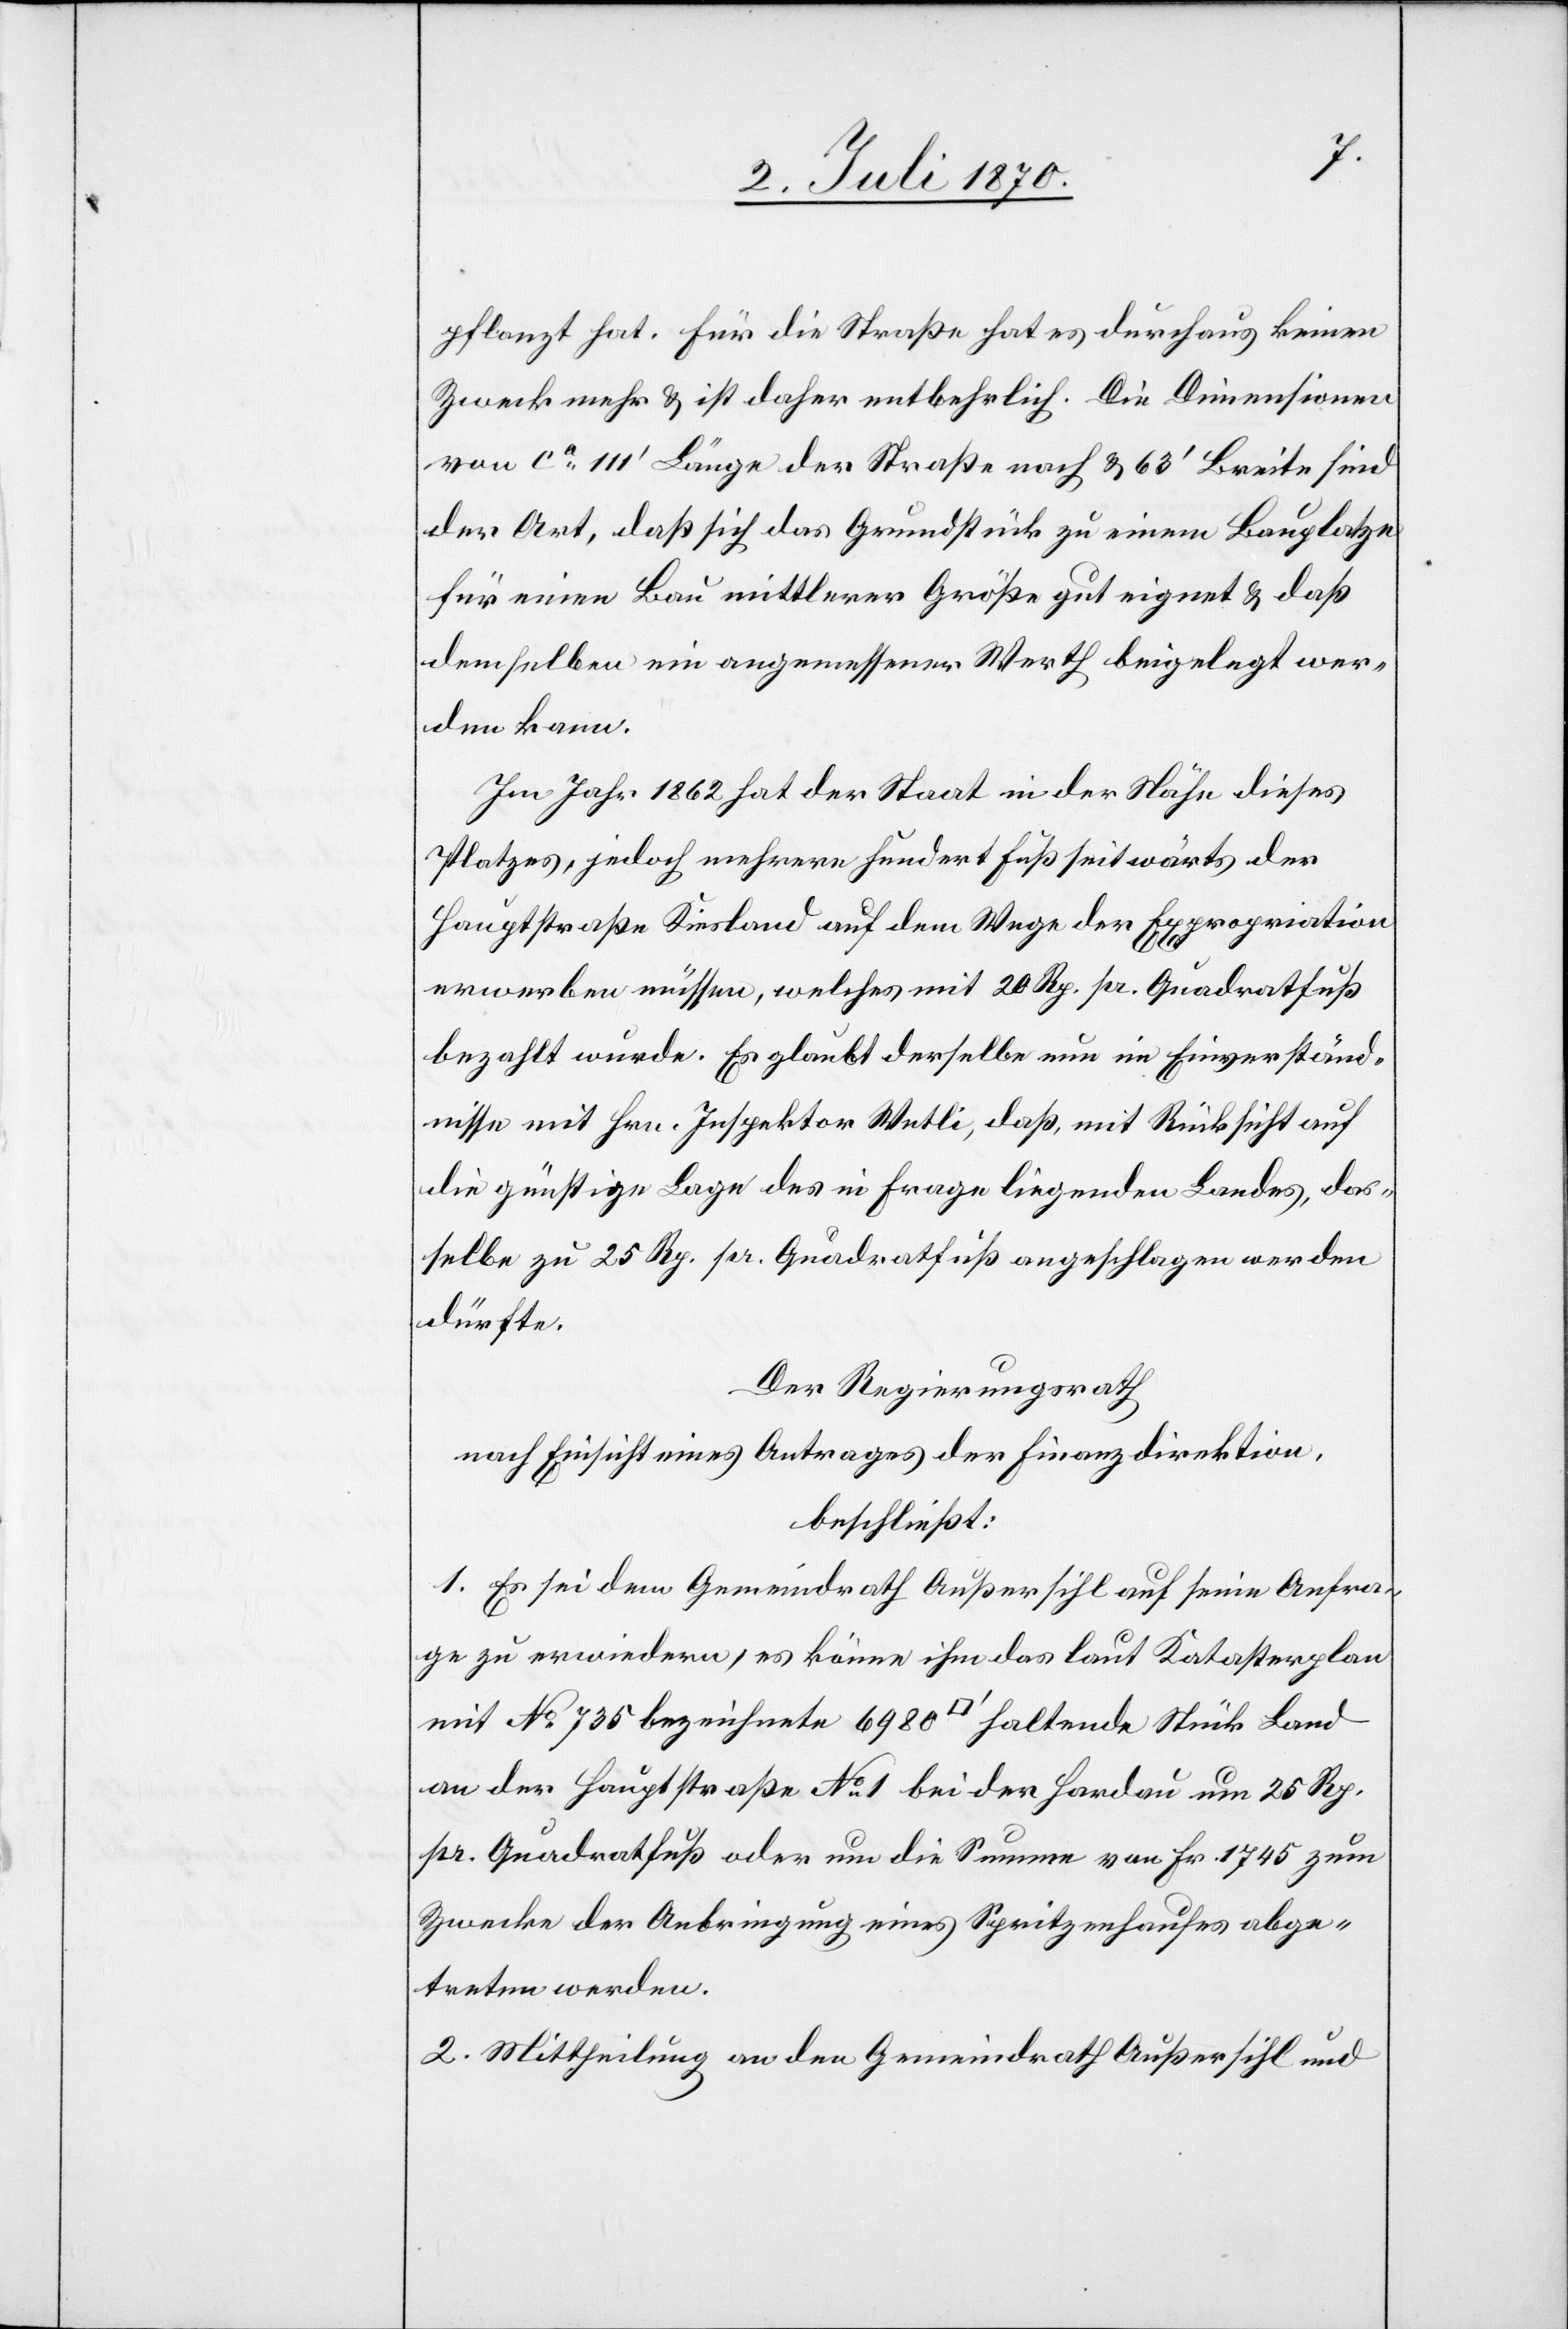
pflanzt hat. Für die Straße hat es durchaus keinen
Zweck mehr & ist daher entbehrlich. Die Dimensionen
von ca 111’ Länge der Straße nach & 63’ Breite sind
der Art, daß sich das Grundstück zu einem Bauplatze
für einen Bau mittlerer Größe gut eignet & daß
demselben ein angemessener Werth beigelegt wer¬
den kann.
Im Jahr 1862 hat der Staat in der Nähe dieses
Platzes, jedoch mehrere hundert Fuß seitwärts der
Hauptstraße Kiesland auf dem Wege der Expropriation
erwerben müssen, welches mit 20 Rp. pr. Quadratfuß
bezahlt wurde. Es glaubt derselbe nun im Einverständ¬
nisse mit Hrn. Inspektor Wetli, daß mit Rücksicht auf
die günstige Lage des in Frage liegenden Landes, das¬
selbe zu 25 Rp. pr. Quadratfuß angeschlagen werden
dürfte.
Der Regierungsrath,
nach Einsicht eines Antrages der Finanzdirektion,
beschließt:
1. Es sei dem Gemeindrath Außersihl auf seine Anfra¬
ge zu erwiedern, es könne ihm das laut Katasterplan
mit No 735 bezeichnete 6980 [Quadratfuss] haltende Stück Land
an der Hauptstraße No 1 bei der Hardau um 25 Rp.
pr. Quadratfuß oder um die Summe von Fr. 1745 zum
Zwecke der Anbringung eines Spritzenhauses abge¬
treten werden.
2. Mittheilung an den Gemeindrath Außersihl und